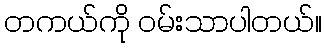
တကယ်ကို ဝမ်းသာပါတယ်။